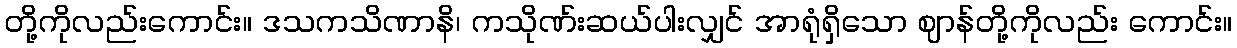
တို့ကိုလည်းကောင်း။ ဒသကသိဏာနိ၊ ကသိုဏ်းဆယ်ပါးလျှင် အာရုံရှိသော ဈာန်တို့ကိုလည်း ကောင်း။